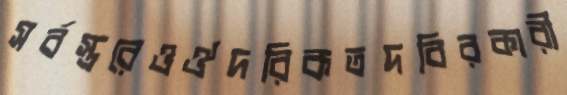
সর্বস্তরেওঔদরিকতদবিরকারী